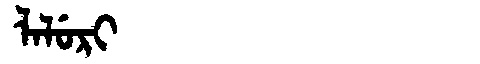
Manchu: ᠯᠠᠯᡠᡵᡳ
Romanization: LALURI